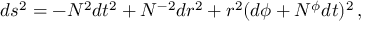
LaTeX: d s ^ { 2 } = - N ^ { 2 } d t ^ { 2 } + N ^ { - 2 } d r ^ { 2 } + r ^ { 2 } ( d \phi + N ^ { \phi } d t ) ^ { 2 } \, ,